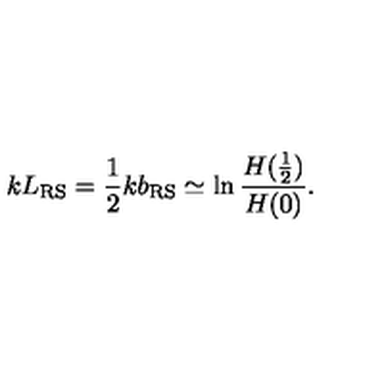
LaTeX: k L _ { \mathrm { R S } } = \frac 1 2 k b _ { \mathrm { R S } } \simeq \ln \frac { H ( \frac 1 2 ) } { H ( 0 ) } .